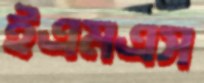
ইএমএস